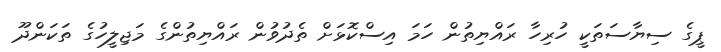
ޕީގެ ސިޔާސަތަކީ ހުރިހާ ރައްޔިތުން ހަމަ އިސްކޮޅަށް ތެދުވުން ރައްޔިތުންގެ މަޖިލީހުގެ ތަކަންދޫ